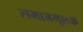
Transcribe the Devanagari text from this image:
समाजमूलक